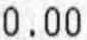
0.00